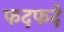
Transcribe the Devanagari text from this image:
फदफदे